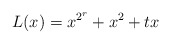
\begin{align*}L(x)=x^{2^r}+x^2+tx\end{align*}